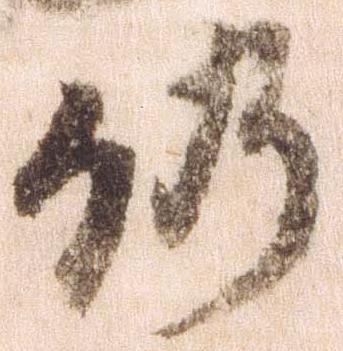
仍